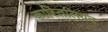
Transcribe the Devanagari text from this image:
कास्तिलियन